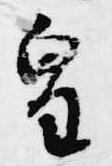
皇